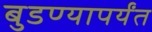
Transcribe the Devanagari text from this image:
बुडण्यापर्यंत